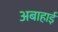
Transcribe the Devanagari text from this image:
अबाहाई